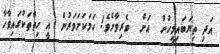
އަދި ތިޔަބައިމީހުން  އަށް  ވެރިވާށެވެ! ހަމަކަށަވަރުން  އީ ހިތްތަކުގައިވާހާ